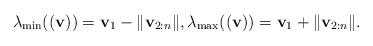
LaTeX: \begin{align*}\lambda_{\min}((\mathbf{v}))=\mathbf{v}_1-\|\mathbf{v}_{2:n}\|, \lambda_{\max}((\mathbf{v}))=\mathbf{v}_1+\|\mathbf{v}_{2:n}\|.\end{align*}